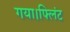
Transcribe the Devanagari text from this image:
गया।फ्लिंट